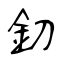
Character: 釖